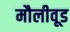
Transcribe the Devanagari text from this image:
मौलीवूड